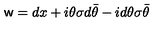
{ \sf w } = d x + i \theta \sigma d \bar { \theta } - i d \theta \sigma \bar { \theta }